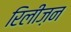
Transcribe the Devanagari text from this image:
रिलीज़न